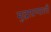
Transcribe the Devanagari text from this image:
मुद्राप्रणाली